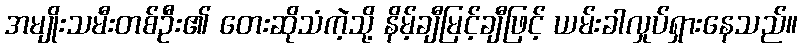
အမျိုးသမီးတစ်ဦး၏ တေးဆိုသံကဲ့သို့ နိမ့်ချီမြင့်ချီဖြင့် ယမ်းခါလှုပ်ရှားနေသည်။